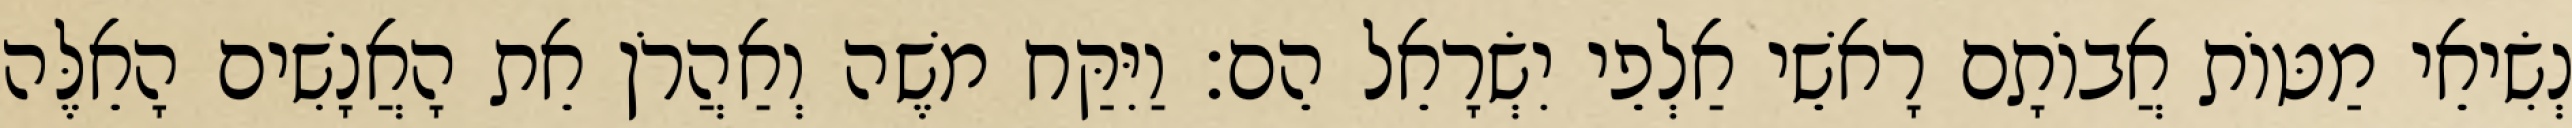
נְשִׂיאֵי מַטּוֹת אֲבוֹתָם רָאשֵׁי אַלְפֵי יִשְׂרָאֵל הֵם׃ וַיִּקַּח משֶׁה וְאַהֲרֹן אֵת הָאֲנָשִׁים הָאֵלֶּה